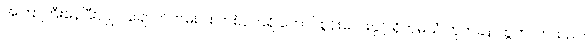
အကြာကြီးနေပြီးလျှင် ချောက်ကမ်းပါး တစ်ဝက်ရှိ တောင်စွန်းလေးနှင့် ရိုက်မိသံ ဘုတ်ခနဲ ထွက်လာသည်။